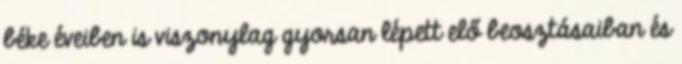
béke éveiben is viszonylag gyorsan lépett elő beosztásaiban és